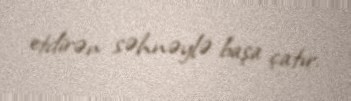
etdirən səhnəylə başa çatır.